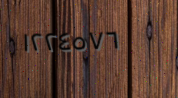
١٢٢٤٥٧٦